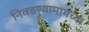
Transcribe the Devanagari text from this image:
निवडण्यामागच्या